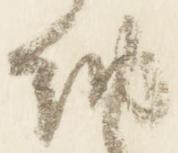
納